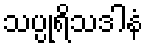
သပ္ပုရိသဒါနံ